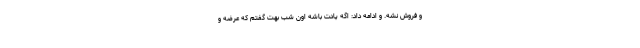
و فروش نشه. و ادامه داد: اگه یادت باشه اون شب بهت گفتم که عرضه و